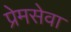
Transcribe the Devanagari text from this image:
प्रेमसेवा